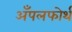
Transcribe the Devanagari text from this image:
अँपलफोर्थ